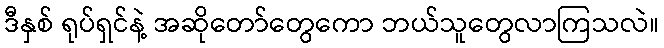
ဒီနှစ် ရုပ်ရှင်နဲ့ အဆိုတော်တွေကော ဘယ်သူတွေလာကြသလဲ။